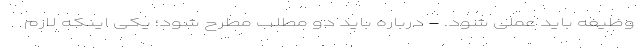
وظیفه باید عملی شود. - درباره باید دو مطلب مطرح شود؛ یکی اینکه لازم